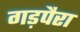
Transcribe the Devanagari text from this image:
गड़पैरा